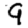
Digit: 9